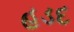
હડદ